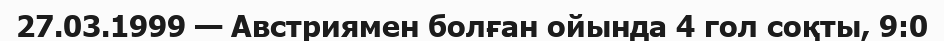
27.03.1999 — Австриямен болған ойында 4 гол соқты, 9:0